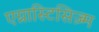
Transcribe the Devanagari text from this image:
एग्नास्टिसिज़्म